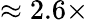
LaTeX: \approx 2.6\times